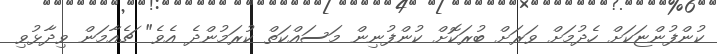
ކުންފުންޏަކަށް ހެދުމަށް ވަރަށް ބުރަކޮށް ކުންފުނިން މަސައްކަތް ކުރަމުންދެ އެވެ" ޗެއާމަން ވިދާޅުވި